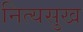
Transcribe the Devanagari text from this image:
नित्यसुख